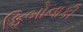
ફિબોનાકી